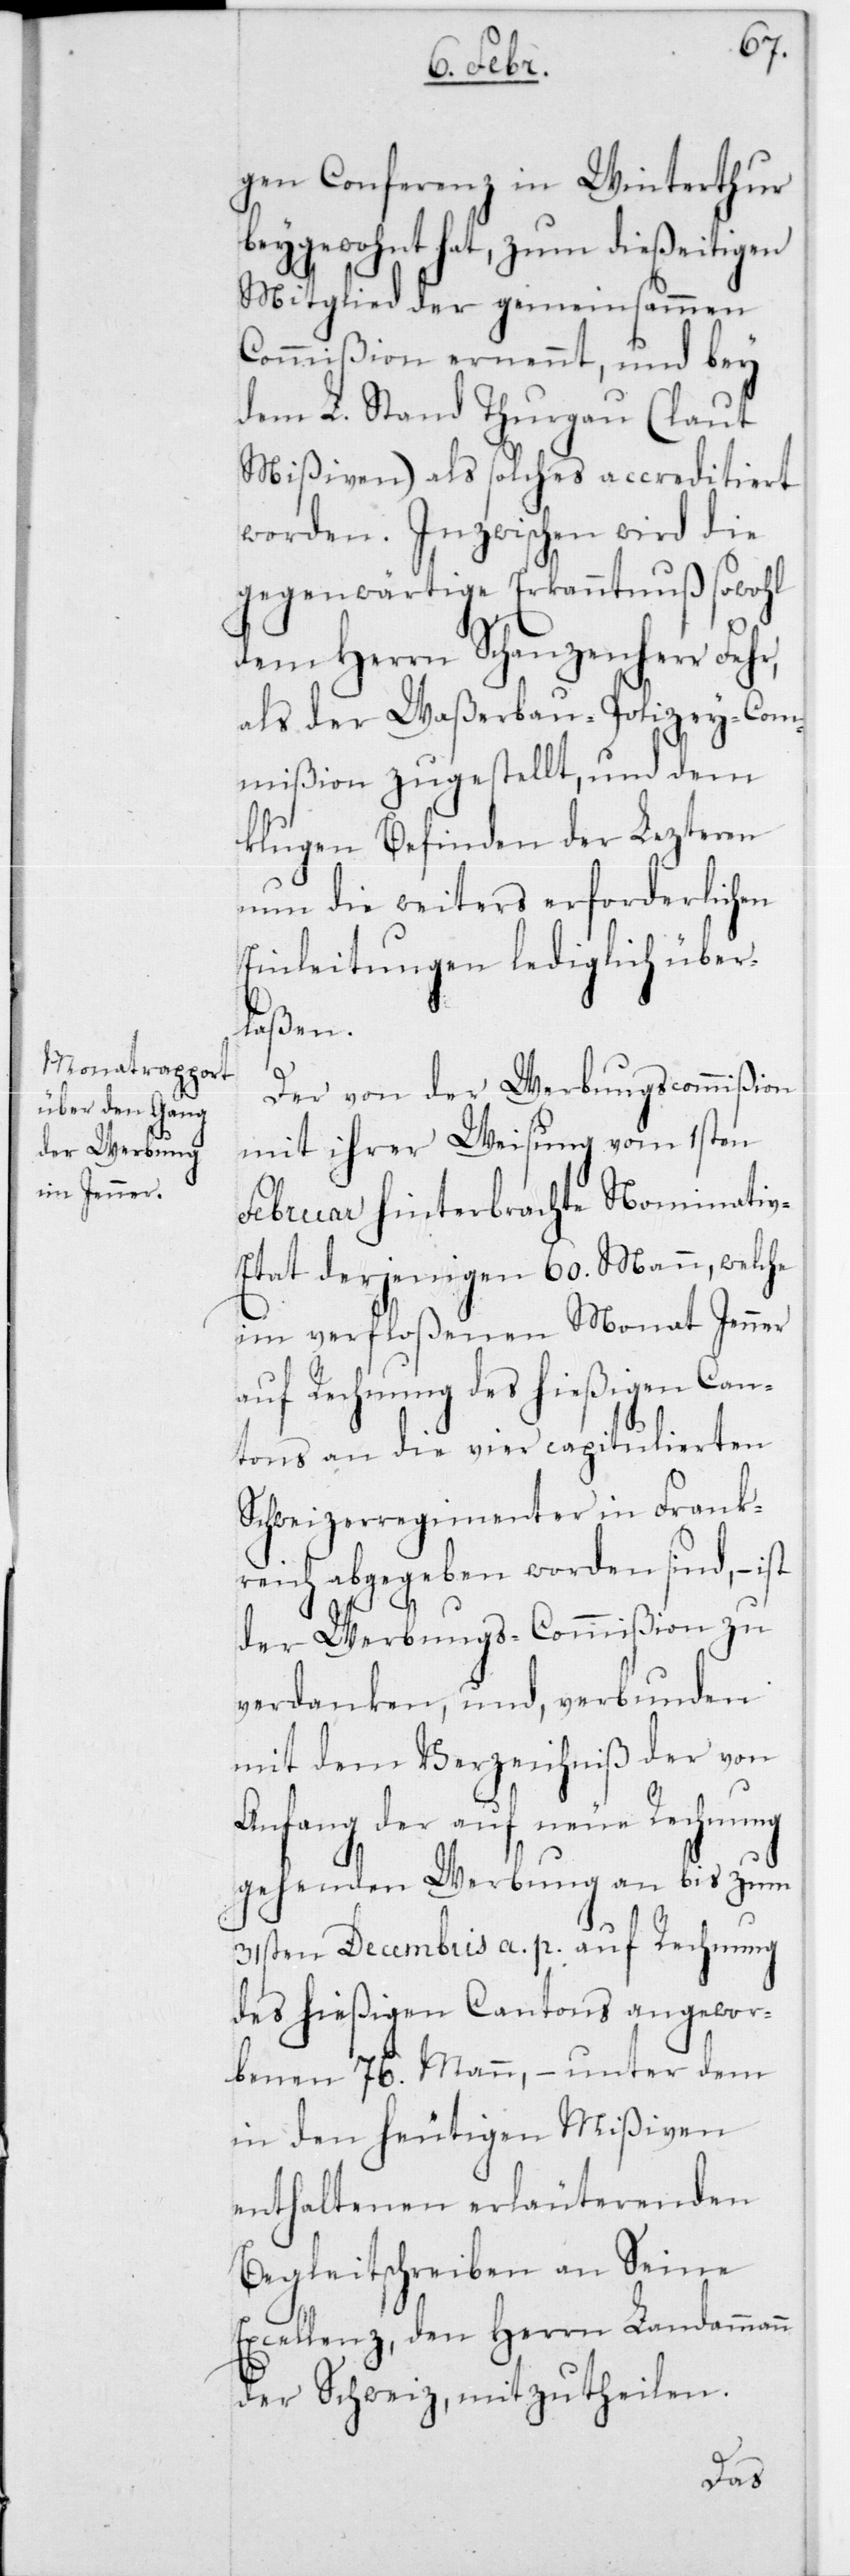
gen Conferenz in Winterthur
beygewohnt hat, zum dießeitigen
Mitglied der gemeinsammen
Commißion ernennt, und bey
dem L. Stand Thurgau (laut
Mißiven) als solches accreditiert
worden. Inzwischen wird die
gegenwärtige Erkanntnuß sowohl
dem Herrn Schanzenherr Fehr,
als der Waßerbau-Polizey-Com¬
mißion zugestellt, und dem
klugen Befinden der letzteren
nun die weiters erforderlichen
Einleitungen lediglich über¬
laßen.
Der von der Werbungscommißion
mit ihrer Weisung vom 1sten
Februar hinterbrachte Nominati¬
v-Etat derjenigen 60 Mann, welche
im verfloßenen Monat Jenner
auf Rechnung des hießigen Can¬
tons an die vier capitulierten
Schweizerregimenter in Frank¬
reich abgegeben worden sind, – ist
der Werbungs-Commißion zu
verdanken, und, verbunden
mit dem Verzeichniß der von
Anfang der auf neue Rechnung
gehenden Werbung an bis zum
31sten Decembris a. p. auf Rechnung
des hießigen Cantons angewor¬
benen 76 Mann, – unter dem
in den heutigen Mißiven
enthaltenen erläuterenden
Begleitschreiben an Seine
Excellenz, den Herrn Landammann
der Schweiz, mitzutheilen.